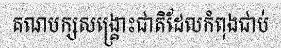
គណបក្សសង្គ្រោះជាតិដែលកំពុងជាប់